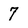
Character: 7